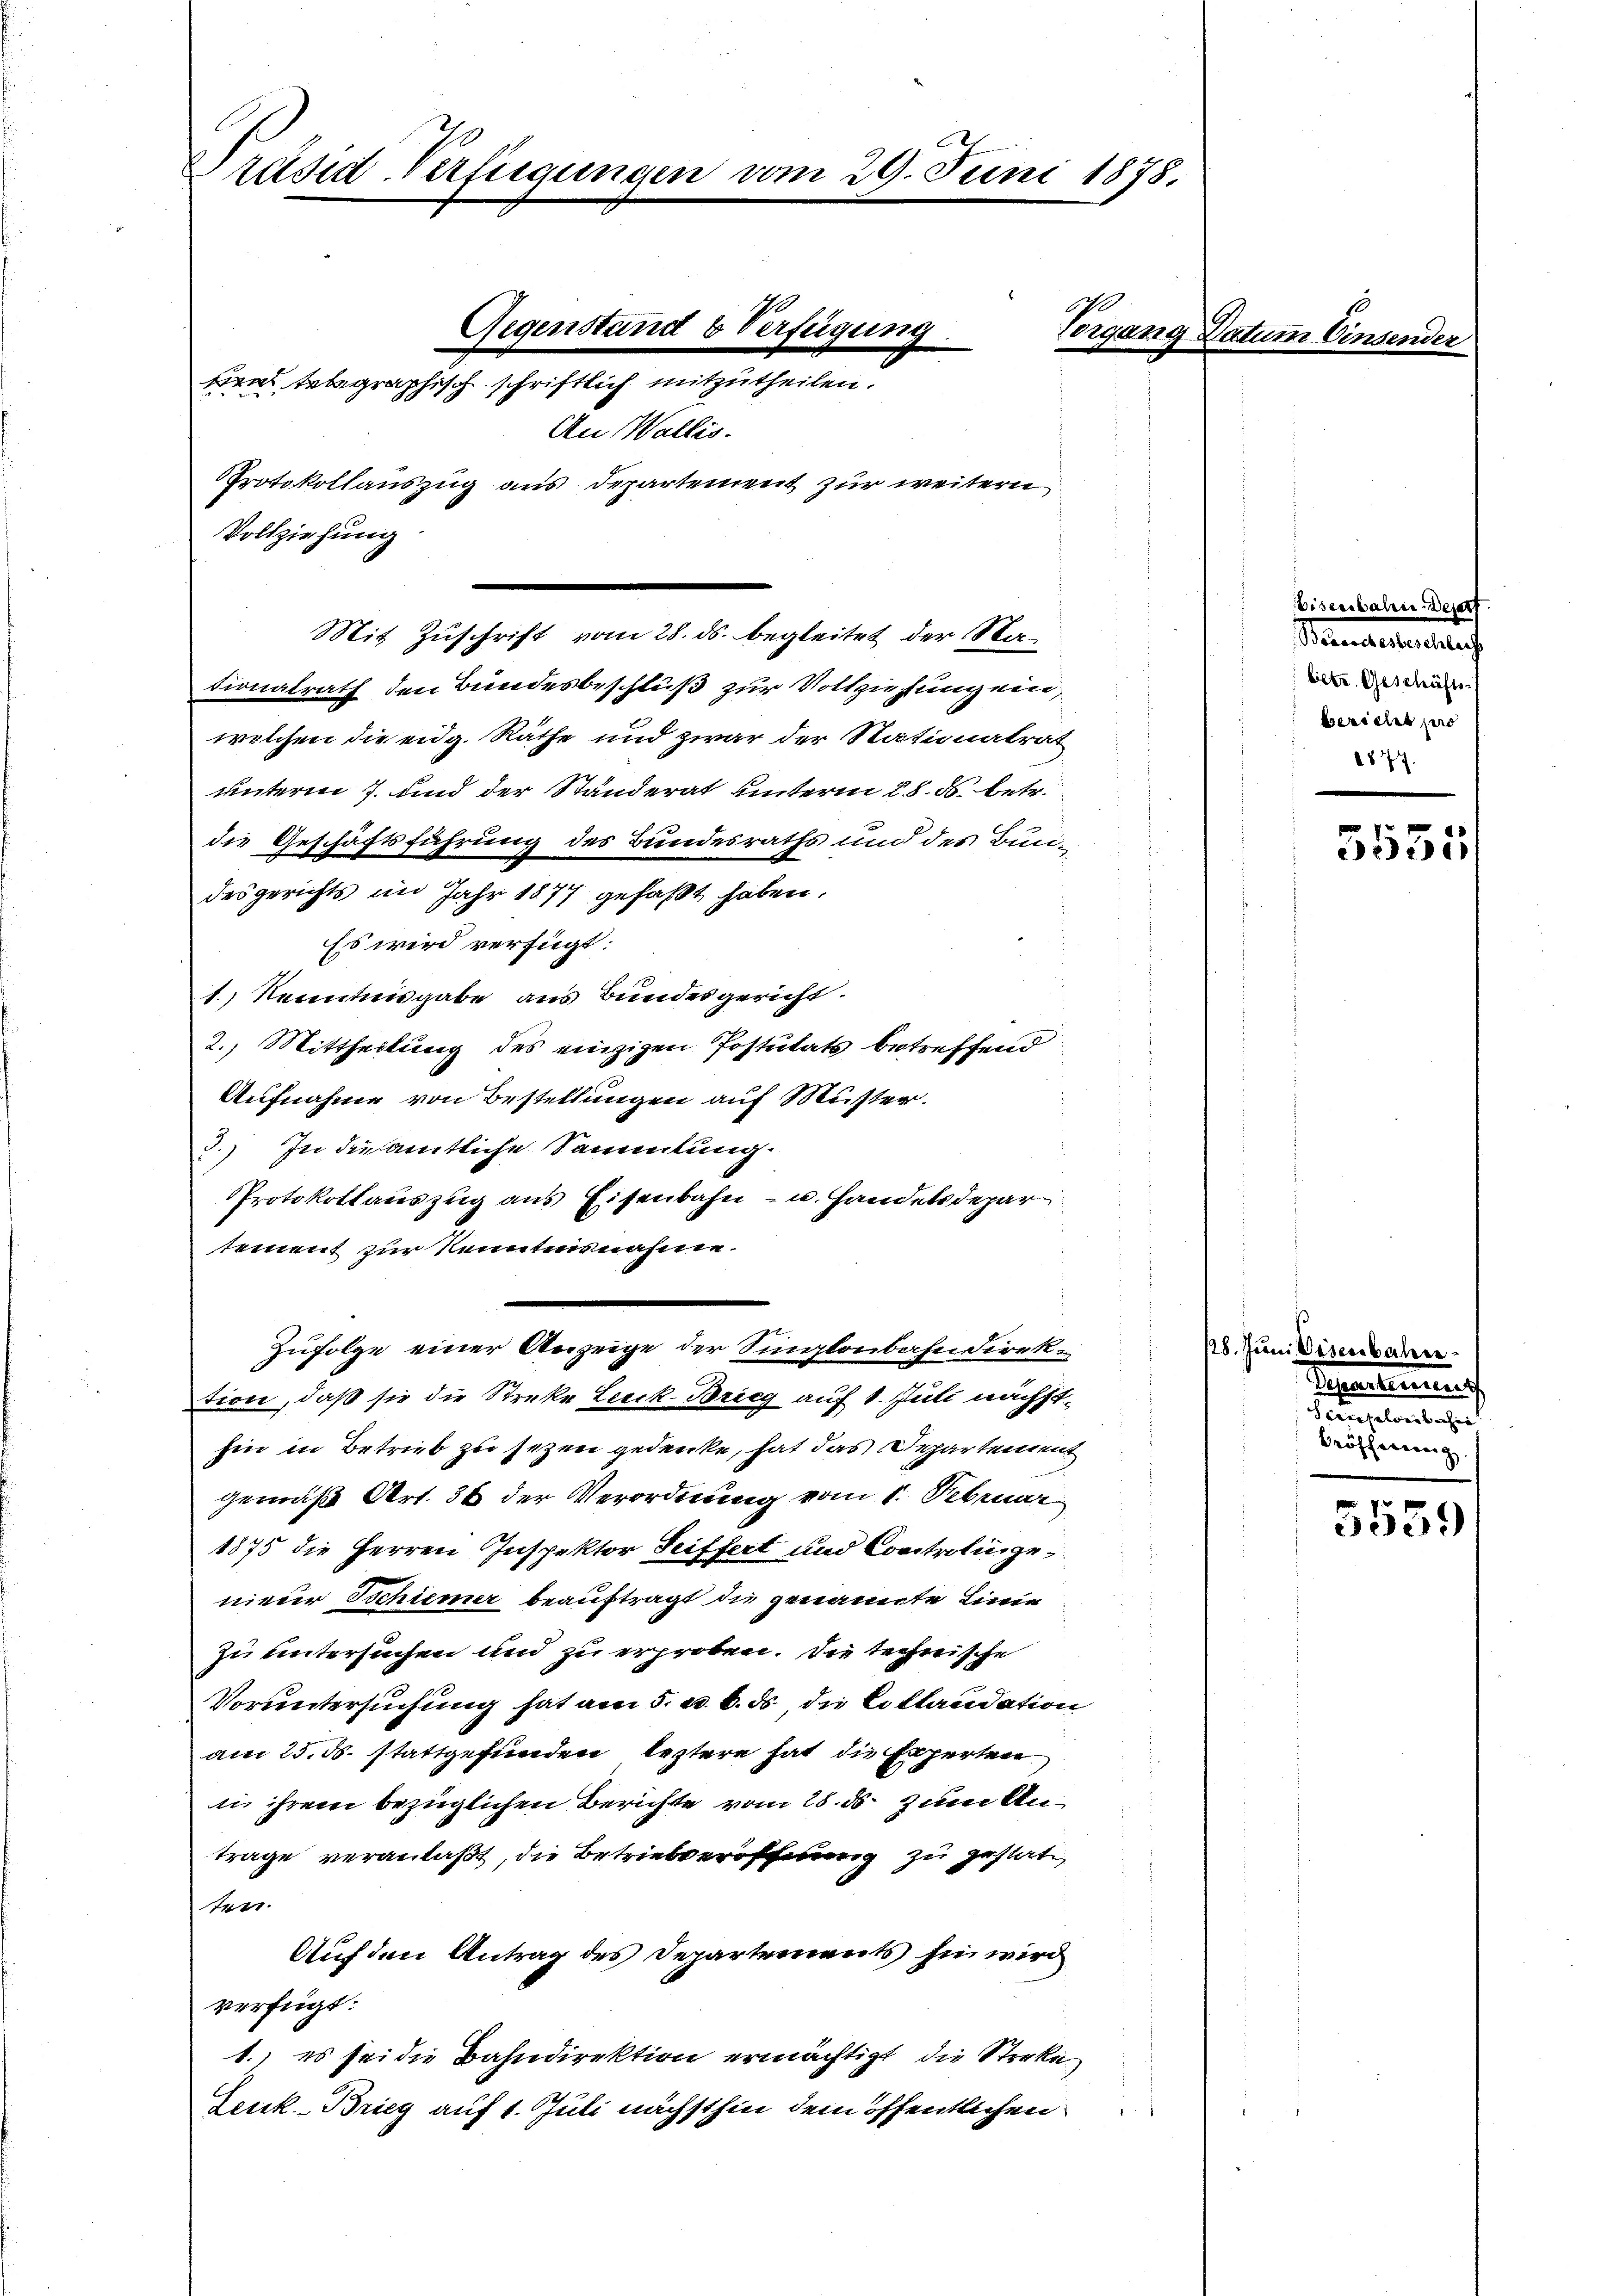
Präsid-Verfügungen vom 29. Juni 1878.

O
Gegenstand & Verfügung
torgang Datum Einsender
un telegraphisch schriftlich mitzutheilen.
An Wallis.
Protokollauszug aus Departement zur weitern

Vollziehung
.
Mit Zuschrift vom 28. ds. begleitet der Na¬

tionalrath den Bundesbeschluß zur Vollziehung ein,
welchen die eidg. Räthe und zwar der Stationalrat
unterm 7. und der Ständerat unterm 28. ds. betr.
die Geschäftsführung des Bundesraths und des Bundesgerichts im Jahr 1877 gefaßt haben.
Es wird verfügt:
1.) Nenntnisgabe aus Bundesgericht.
2.) Mittheilung des einzigen Postulats betreffend
Aufnahme von Bestellungen auf Muster.
) In die amtliche Sammlung.
Protokollauszug aus Eisenbahn- u. Handelsdepar
tement zur Kenntnisnahme.
tion, daß sie die Streke Lexik-Brieg auf 1. Juli nächsthin in Betrieb zu sezen gedenke, hat das Departement
gemäß Art. 36 der Verordnung vom 1. Februar
1875 die Herren Inspektor Seiffert und Controlingenieder Tschiener beauftragt die genannte Linie
zu untersuchen und zu erproben. Die technische
Voruntersuchung hat am 5. d. 6. ds. die Collaudation
am 25. ds. stattgefunden leztere hat die Experten
in ihrem bezüglichen Berichte vom 25. ds. zum Antrage veranlaßt, die Betriebveröffnung zu gestat
tet.
Auf den Antrag des Departements sie wird
verfügt:
1. es sei die Bahndirektion ermächtigt, die Streke
Leuk-Brieg auf 1. Juli nächsthin dem öffentlichen

Zufolge einer Anzeige der Singlaubahndirek¬

Eisenbahn Depart
Mamnatenteilung
betr. Geschäfts
bericht pro
1877.

5551

128. Juni Disenbahre
Separtinen
Feuchelweibacher
Eröffnung

5539